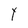
Character: y